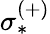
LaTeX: \sigma_{*}^{(+)}